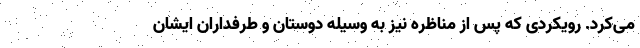
می‌کرد. رویکردی که پس از مناظره نیز به وسیله دوستان و طرفداران ایشان